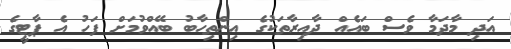
އަދި މާދަމާ ވެސް ބައެއް ދާއިރާތަކުގެ އިންތިހާބު ބޭއްވުމަށް ފަހު އެ ޕާޓީގެ